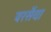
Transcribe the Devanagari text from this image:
बरसैंया